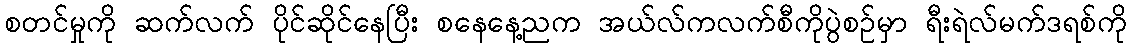
စတင်မှုကို ဆက်လက် ပိုင်ဆိုင်နေပြီး စနေနေ့ညက အယ်လ်ကလက်စီကိုပွဲစဉ်မှာ ရီးရဲလ်မက်ဒရစ်ကို